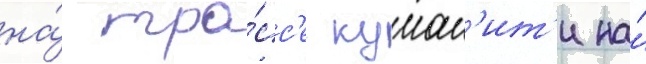
на́ тра́сс'е куман'ит'и на́